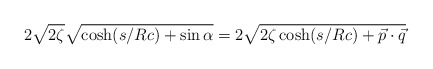
\begin{align*}2 \sqrt{2 \zeta} \sqrt{\cosh({s/Rc}) + \sin{\alpha}} = 2 \sqrt{2 \zeta \cosh({s/Rc}) + {\vec p} \cdot {\vec q}}\end{align*}